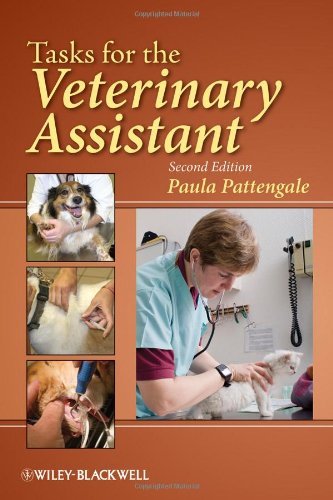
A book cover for Tasks for the Veterinary Assistant; Paula Pattengale; Medical Books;